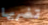
تضربها